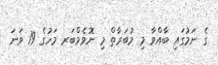
ގެ ނަމުގައި ބާއްވާ މި މުބަރާތް މި ނޮވެމްބަރ މަހުގެ 19 ވަނަ